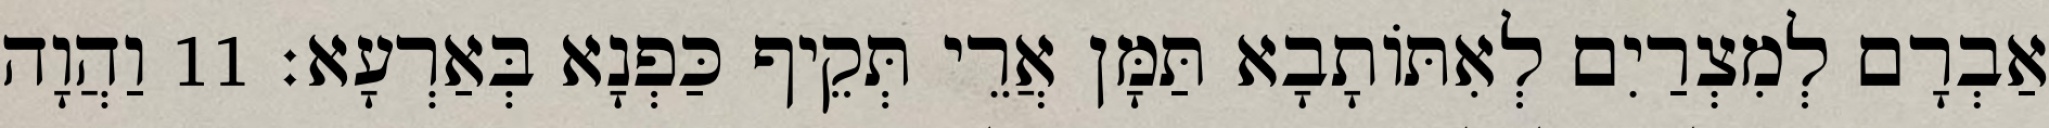
אַבְרָם לְמִצְרַיִם לְאִתּוֹתָבָא תַּמָּן אֲרֵי תְּקֵיף כַּפְנָא בְּאַרְעָא׃ 11 וַהֲוָה